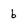
Character: 6